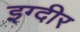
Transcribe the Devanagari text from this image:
इग्दीर